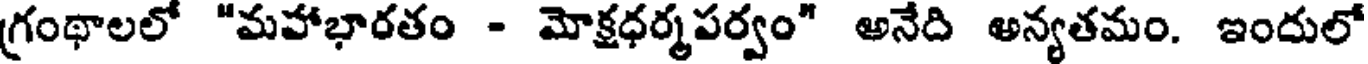
గ్రంథాలలో "మహాభారతం - మోక్షధర్మపర్వం" అనేది అన్యతమం. ఇందులో